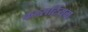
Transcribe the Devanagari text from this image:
कन्सर्टियम